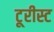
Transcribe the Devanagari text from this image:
टूरीस्ट